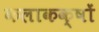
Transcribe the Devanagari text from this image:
कलाकक्षों